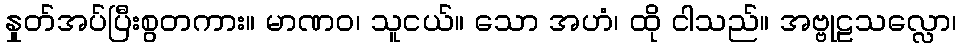
နှုတ်အပ်ပြီးစွတကား။ မာဏဝ၊ သူငယ်။ သော အဟံ၊ ထို ငါသည်။ အဗ္ဗုဠသလ္လော၊